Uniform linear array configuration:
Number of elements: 8
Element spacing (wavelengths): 0.75
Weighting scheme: kaiser
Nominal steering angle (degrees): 45
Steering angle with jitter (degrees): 46.278
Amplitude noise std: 0.05
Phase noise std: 0.05

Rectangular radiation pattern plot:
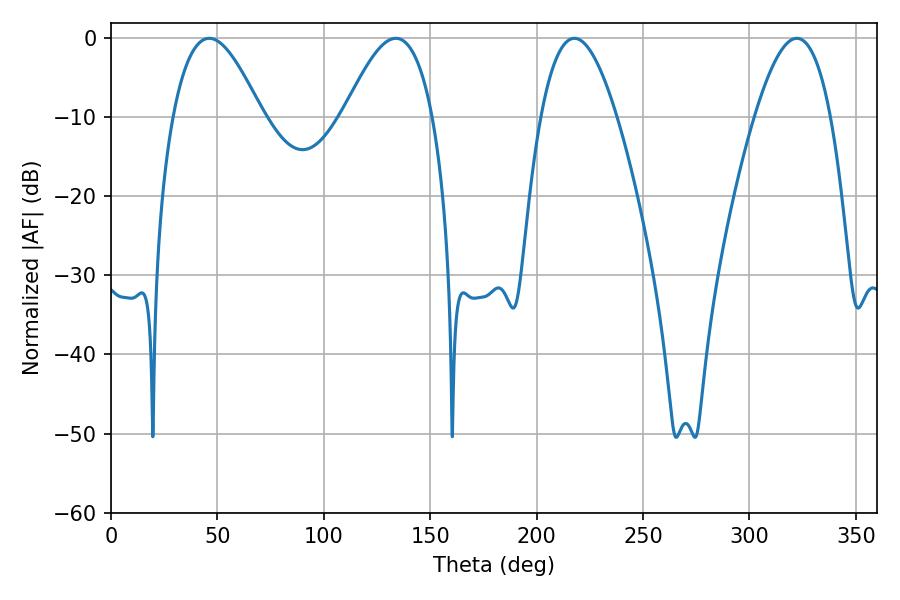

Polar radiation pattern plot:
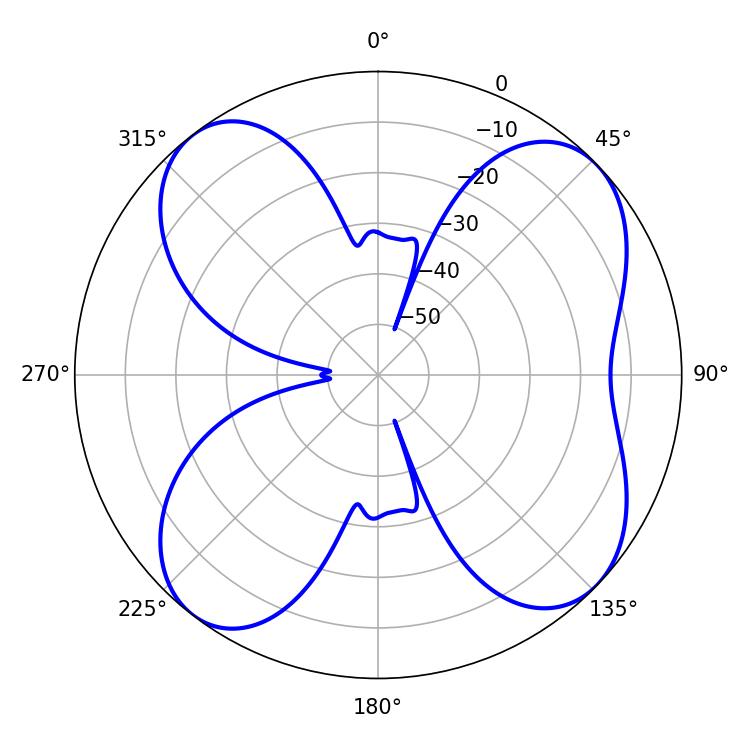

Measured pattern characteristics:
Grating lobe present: TRUE
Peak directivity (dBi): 9.969
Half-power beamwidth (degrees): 19.44
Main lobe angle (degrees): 217.8